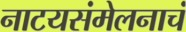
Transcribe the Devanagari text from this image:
नाटयसंमेलनाचं